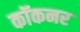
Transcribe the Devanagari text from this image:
कॉकनर